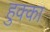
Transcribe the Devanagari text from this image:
हुक्‍का